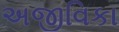
અજીવિકા